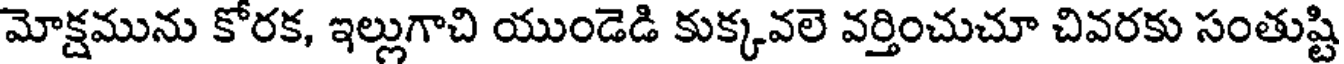
మోక్షమును కోరక, ఇల్లుగాచి యుండెడి కుక్కవలె వర్తించుచూ చివరకు సంతుష్టి